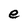
Character: e